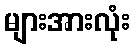
များအားလုံး